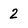
Character: 2